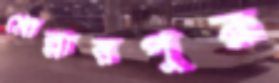
মোল্লারপুর